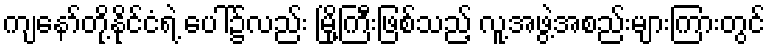
ကျနော်တို့နိုင်ငံရဲ့ ပေါ်၌လည်း မြို့ကြီးဖြစ်သည့် လူ့အဖွဲ့အစည်းများကြားတွင်